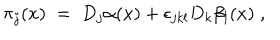
\pi _ { j } ( x ) \; = \; D _ { j } \alpha ( x ) + \epsilon _ { j k l } D _ { k } \beta _ { l } ( x ) \; ,